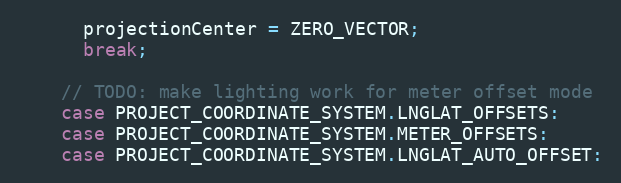
Language: JavaScript
      projectionCenter = ZERO_VECTOR;
      break;

    // TODO: make lighting work for meter offset mode
    case PROJECT_COORDINATE_SYSTEM.LNGLAT_OFFSETS:
    case PROJECT_COORDINATE_SYSTEM.METER_OFFSETS:
    case PROJECT_COORDINATE_SYSTEM.LNGLAT_AUTO_OFFSET: